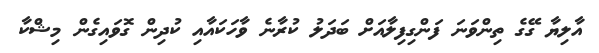
އާލިޔާ ގޭގެ ތިންވަނަ ފަންގިފިލާއަށް ބަދަލު ކުރާނެ ވާހަކައާއި ކުދިން ގޮވައިގެން މިޝްކާ